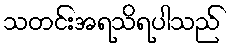
သတင်းအရသိရပါသည်